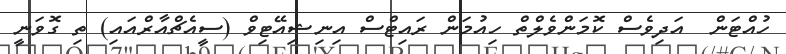
ހުއްޓަން  އަދިވެސް ކޮމަންވެލްތް ހިއުމަން ރައިޓްސް އިނިޝިއޭޓިވް (ސީއެޗްއާރްއައި) ތި ގޮވަނީ